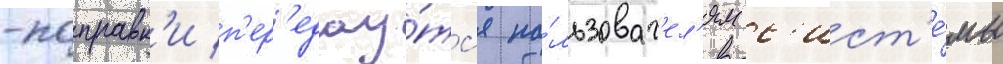
-поправк'и п'ер'едау́тс'я по́льзоват'ел'ям с'ист'е́мы